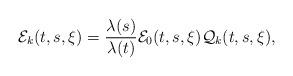
LaTeX: \begin{align*}\mathcal{E}_k(t,s,\xi) = \frac{\lambda(s)}{\lambda(t)} \mathcal{E}_0(t,s,\xi) \mathcal{Q}_k(t,s,\xi),\end{align*}